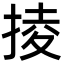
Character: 掕